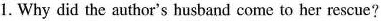
1. Why did the author's husband come to her rescae?